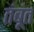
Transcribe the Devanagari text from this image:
तंबूंत